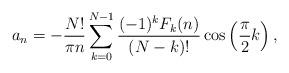
LaTeX: \begin{align*}a_n=-\frac{N!}{\pi n}\sum_{k=0}^{N-1}\frac{(-1)^kF_k(n)}{(N-k)!}\cos\left(\frac{\pi}{2}k\right),\end{align*}